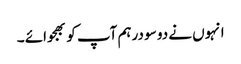
انہوں نے دو سو درہم آپ کو بھجوائے ۔